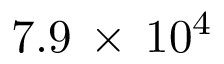
7 . 9 \, \times \, 1 0 ^ { 4 }